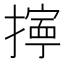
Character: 𢴕